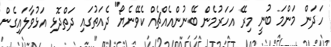
ހަދަން މަންމަ ބުނީ މިރޭ އަހަރުމެން ބޭނުންއެއްޗެއް ކެވޭނެޔޯ" ދެއަތުގައި ދަތްދޮޅި އަޅުވާލައިގެން